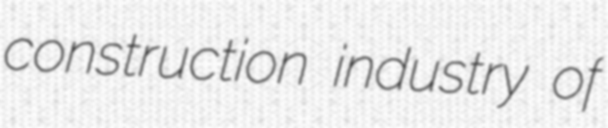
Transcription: construction industry of